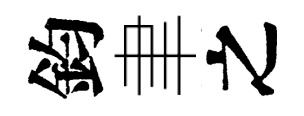
鈞聿之